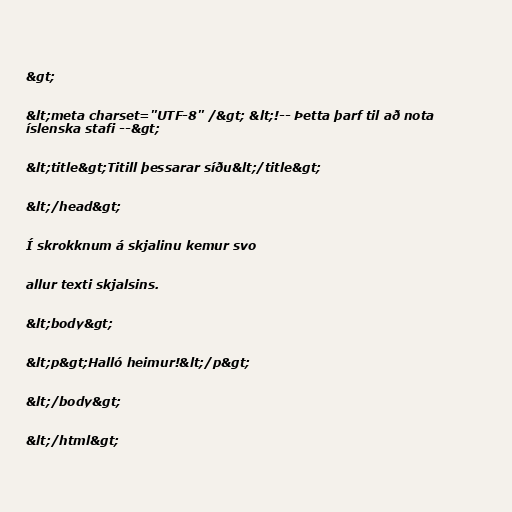
&gt;

&lt;meta charset="UTF-8" /&gt; &lt;!-- Þetta þarf til að nota
íslenska stafi --&gt;

&lt;title&gt;Titill þessarar síðu&lt;/title&gt;

&lt;/head&gt;

Í skrokknum á skjalinu kemur svo

allur texti skjalsins.

&lt;body&gt;

&lt;p&gt;Halló heimur!&lt;/p&gt;

&lt;/body&gt;

&lt;/html&gt;